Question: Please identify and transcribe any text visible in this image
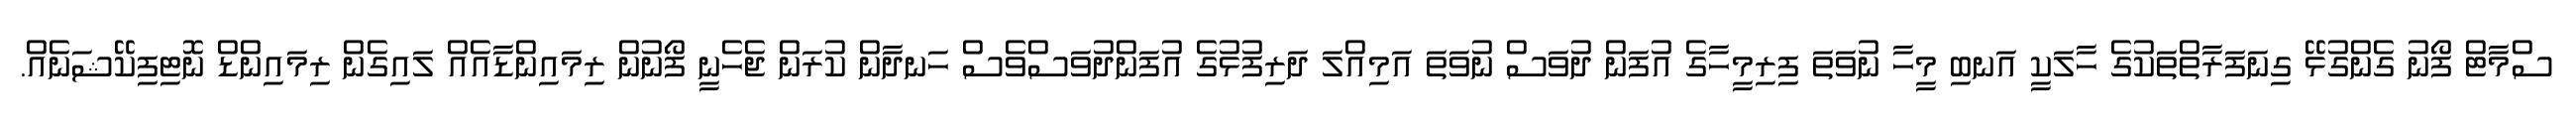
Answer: ސްމާޓް ފޯނު ގެންގުޅޭ ގިނަފަރާތްތަކުގެ ހާލަކީ އަނބި މީހާ ނުވަތަ ފިރިމީހާގެ އުފަން ދުވަސް ނުވަތަ އަމިއްލަ ދަރިފުޅުގެ އުފަންދުވަސްވެސް ހަނދާން ކުރަން ޖެހެނީ ފޯނުން ރިމައިންޑާއެއް ލައިގެން ރިމައިންޑް ނޮޓިފިކޭޝަނެއް.